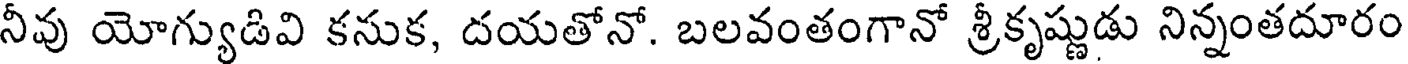
నీవు యోగ్యుడివి కనుక, దయతోనో. బలవంతంగానో శ్రీకృష్ణుడు నిన్నంతదూరం